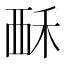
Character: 𫌚